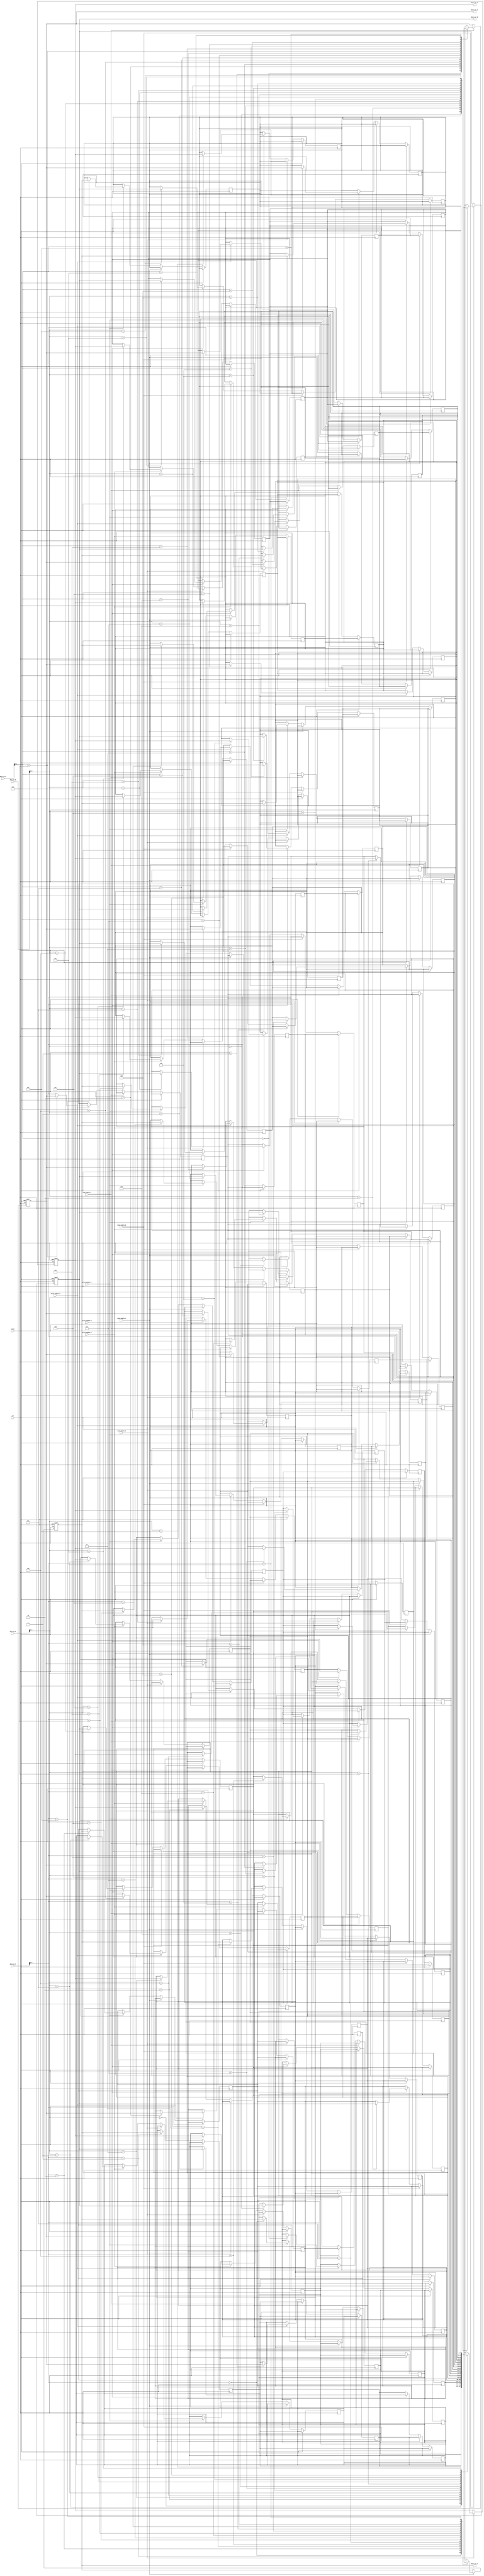
module memory_blocks_quad_port (
  input wire clk,
  input wire reset,
  // Port A
  input wire [7:0] data_in_A,
  input wire write_enable_A,
  input wire read_enable_A,
  output reg [7:0] data_out_A,
  // Port B
  input wire [7:0] data_in_B,
  input wire write_enable_B,
  input wire read_enable_B,
  output reg [7:0] data_out_B,
  // Port C
  input wire [7:0] data_in_C,
  input wire write_enable_C,
  input wire read_enable_C,
  output reg [7:0] data_out_C,
  // Port D
  input wire [7:0] data_in_D,
  input wire write_enable_D,
  input wire read_enable_D,
  output reg [7:0] data_out_D
);

// Memory blocks to store data
reg [7:0] memory_block [0:15];

// Read/write logic for port A
always @(posedge clk or posedge reset)
begin
  if (reset)
    data_out_A <= 8'b0;
  else if (read_enable_A)
    data_out_A <= memory_block[data_in_A];
  else if (write_enable_A)
    memory_block[data_in_A] <= data_out_A;
end

// Read/write logic for port B
always @(posedge clk or posedge reset)
begin
  if (reset)
    data_out_B <= 8'b0;
  else if (read_enable_B)
    data_out_B <= memory_block[data_in_B];
  else if (write_enable_B)
    memory_block[data_in_B] <= data_out_B;
end

// Read/write logic for port C
always @(posedge clk or posedge reset)
begin
  if (reset)
    data_out_C <= 8'b0;
  else if (read_enable_C)
    data_out_C <= memory_block[data_in_C];
  else if (write_enable_C)
    memory_block[data_in_C] <= data_out_C;
end

// Read/write logic for port D
always @(posedge clk or posedge reset)
begin
  if (reset)
    data_out_D <= 8'b0;
  else if (read_enable_D)
    data_out_D <= memory_block[data_in_D];
  else if (write_enable_D)
    memory_block[data_in_D] <= data_out_D;
end

endmodule